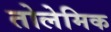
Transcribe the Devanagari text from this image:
तोलेमिक